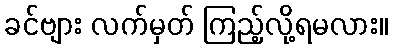
ခင်ဗျား လက်မှတ် ကြည့်လို့ရမလား။